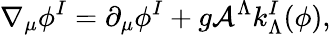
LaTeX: \nabla_{\mu}\phi^{I}=\partial_{\mu}\phi^{I}+g{\cal A}^{\Lambda}k_{\Lambda}^{I}(\phi),